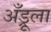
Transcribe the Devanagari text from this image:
अँड्रूला